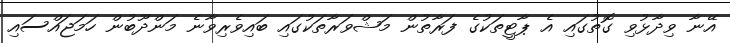
އޭނާ ވިދާޅުވި ގޮތުގައި އެ ޕާޓީތަކުގެ ފަރާތުން މަޝްވަރާތަކުގައި ބައިވެރިވާނެ މަންދޫބުން ހަމަޖައްސައި